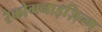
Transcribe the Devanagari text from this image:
रेकोगनाइज़िन्ग